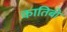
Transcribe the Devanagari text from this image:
कातिबों